King Institute of Preventive Medicine Bacteriolog. Section reports 1907-08
Year: 1907
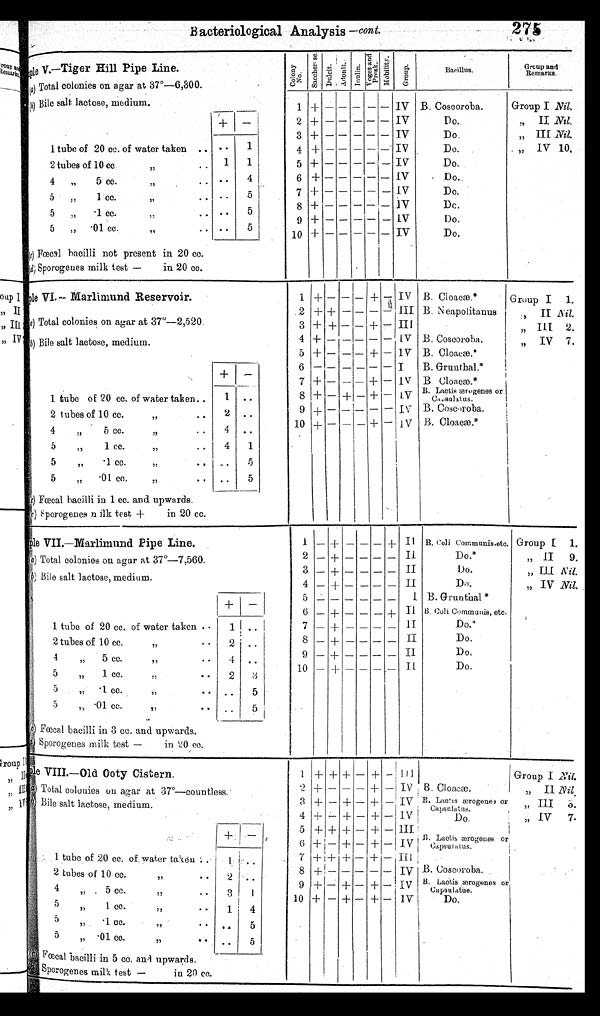
275
B acteriological Analysis —cont.
le v.—Tiger Hill Pipe Line.
(a)
Total colonies on agar at 37°-6,300.
Bile salt lactose, medium.
1 tube of 20 cc. of water taken
• • • •
1
2 tubes of 10 cc.
,,
1
1
4
„
5 cc.
,,
• • • •
4
5
,,
I cc.
„
• • • •
5
5
„
• 1 cc.
,,
. . ..
5
5
„ .01 cc.
,,
. . ..
5
( c )
Fœcal bacilli not present in 20 cc.
(d) Sporogenes milk test —
in 20 cc.
C O L O N Y
n O .
S A C C H E R O S E .
A d o n i t . .
A d o n i t . I nul i n. V o g e s a n d p r o s k
M o b i l i t y .
g r o u p .
Baeillus.
Gr oup a nd
Remarks.
_
B. Cosooroba.
Do.
Do..
Do.
Do.
Do..
Do.
Dc.
Do.
Do.
Group I Nil.
,, II Nil.
,, III Nail.
,, IV 10.
1
2
3 4 5 6 7 8 9 10
+
+
+
+
+
+
+
+
+
+
— — — — — — — — — — — — — — — — — — — —
—
— — — — — — — — — —
—
— — — — — — — — — —
—
— — — — — — — — — —
IV
IV
IV
IV
IV
IV
IV
]V
IV
IV
.
s a mp l e VI . — Ma r l i mu n d Re s e r v o i r .
Total colonies on agar at 37°-2,520.
(b)
Bile salt lactose, medium.
+ -
1 tube of 20 cc. of water taken..
1
• •
2 tubes of 10 cc.
•
•
2 • •
4
:
5 cc.
,, • •
4 • •
5
:
1 cc.
,,
. .
4
1
5
: •1 cc.
,, • • . .
5
5
„
• 0 1 c c .
. .
5
(c) Fœcal bacilli in 1 cc. and upwards.
(c)
Sporogenes milk test +
in 20 cc.
1
2
3
4
5
6
7
8
9
10
+
+
+
+
+
+ — + + + +
— + + — — — — — — —
— — — — — — — — — —
— — — — — — — — —
—
+ — + — + — + + — + —
— — — — — — — — —
IV
III
III
IV
IV
IV
IV
IV
1V
B. Ciacæ.* C l o a c æ . *
B. Neapolitanus
B. Coscoroba.
B. Cloacæ.*
B. Grunthal.*
B Clocæ.*
B. Lactisærogenes or
B. Codvoroba.
B. Cloacæ.*
Group I 1.
rou
II
N i l .
„ III 2.
,, I V 7
s a m p l e
VII.—Marlimund Pipe Line.
(a) Total colonies on agar at 37°-7,560.
(b) Bile salt lactose, medium.
1 tube of 20 cc. of water taken .
1 . .
2 tubes of 10 cc.
,,
••
2 ..
4 ,,
5 cc.
,,
• •
4 ..
5 , , 1 c c . , , • • 2 3
5 , , • 1 c c . . . • • . . 5
5 , , • 0 1 c c . . . • • . . 5
( c ) F œ c a l b a c i l l i i n 3 c c . a n d u p w a r d s .
(d)
sporogenes milk test — in 20 cc.
1 2 3 4 5 6 7 8 9 10 — — — — — — — — — —
+
+
+
+
—
+
+
+
+
+
— — — — — — — — — — — — — — — — — — — — — — — — — — — — — — + — — — — + — — — —
II
II
II
II
I
II
I I
II
II
II
B. Coli Communis.etc.
Do.*
Do.
Do.
B. Grunthal*
B. Coli Communis,etc.
D 0 . *
Do.
D o .
Do.
Group 1 1.
„ II 9.
„ Ill Nil.
IV Nil.
s a m p l e
VIII—Old Ooty Cistern.
Total colonies on agar at
37°—countless.
Bile salt lactose, medium.
1 tube of 20 cc. of water taken
..
1
..
2 tubes of 10 cc.
,,
..
2
..
4
,,
5 cc.
,,
..
3
..
5
,,
1 cc.
,,
..
1
4
5 ,,
•1 cc
,,
..
.. 5
5 ,,
•01 cc.
,,
..
.. 5
(cFœcal bacilli in 5 cc. and -upwards.
Sp orogenes milk test —
in 20 cc.
.
1
2 3
4
5
6
7
8
9
10
+
+
+
+
+
+
+
+
+
+
+
— — —
+
—
+
— — —
+ —
+
+
+
+
+
—
+
+
— — — — — — — — —
—
+
+
+
+
+
+
+
+
4-
— — — — — — — — —
—
III
IV
IV
IV
III
IV
III
IV
IV
IV
B. Cloacæ.
B.Lactis
ærogenes or
Capsul at us.
Do.
B. Lactis ærogenes or C a p s u l a t u s
B. Coscoroba.
B. Lactis ærogenes or
Capsulatue.
Do.
Group I nil .
„ II Nil.
,, III 3 , ,
IV
7